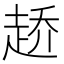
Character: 𰷶